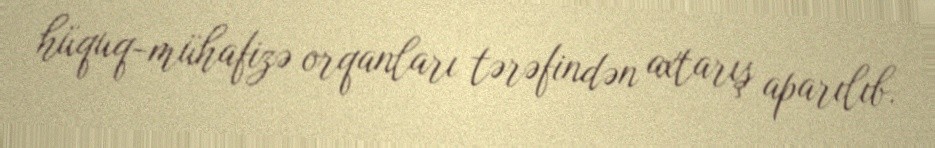
hüquq-mühafizə orqanları tərəfindən axtarış aparılıb.